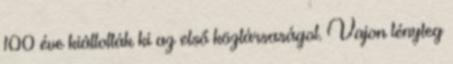
100 éve kiáltották ki az első köztársaságot. Vajon tényleg